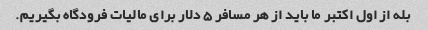
بله از اول اکتبر ما باید از هر مسافر 5 دلار برای مالیات فرودگاه بگیریم.